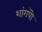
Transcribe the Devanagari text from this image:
शांगपॊ